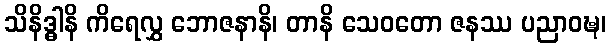
သိနိဒ္ဓါနိ ကိရေလွှ ဘောဇနာနိ၊ တာနိ သေဝတော ဇနဿ ပညာဝဍ္ဎ၊